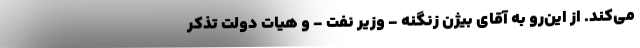
می‌کند. از این‌رو به آقای بیژن زنگنه - وزیر نفت - و هیات دولت تذکر